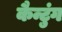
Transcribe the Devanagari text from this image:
कैन्टुंग